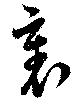
裏